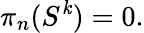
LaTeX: \pi_{n}(S^{\mathit{k}})=0.